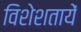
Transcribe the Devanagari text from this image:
विशेशतायें